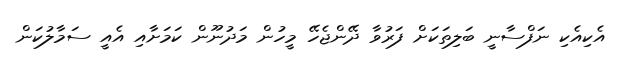
އެކިއެކި ނަފްސާނީ ބަލިތަކަށް ފަރުވާ ދޭންޖެހޭ މީހުން މަދުނޫން ކަމަށާއި އެއީ ސަމާލުކަން